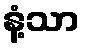
နံ့သာ